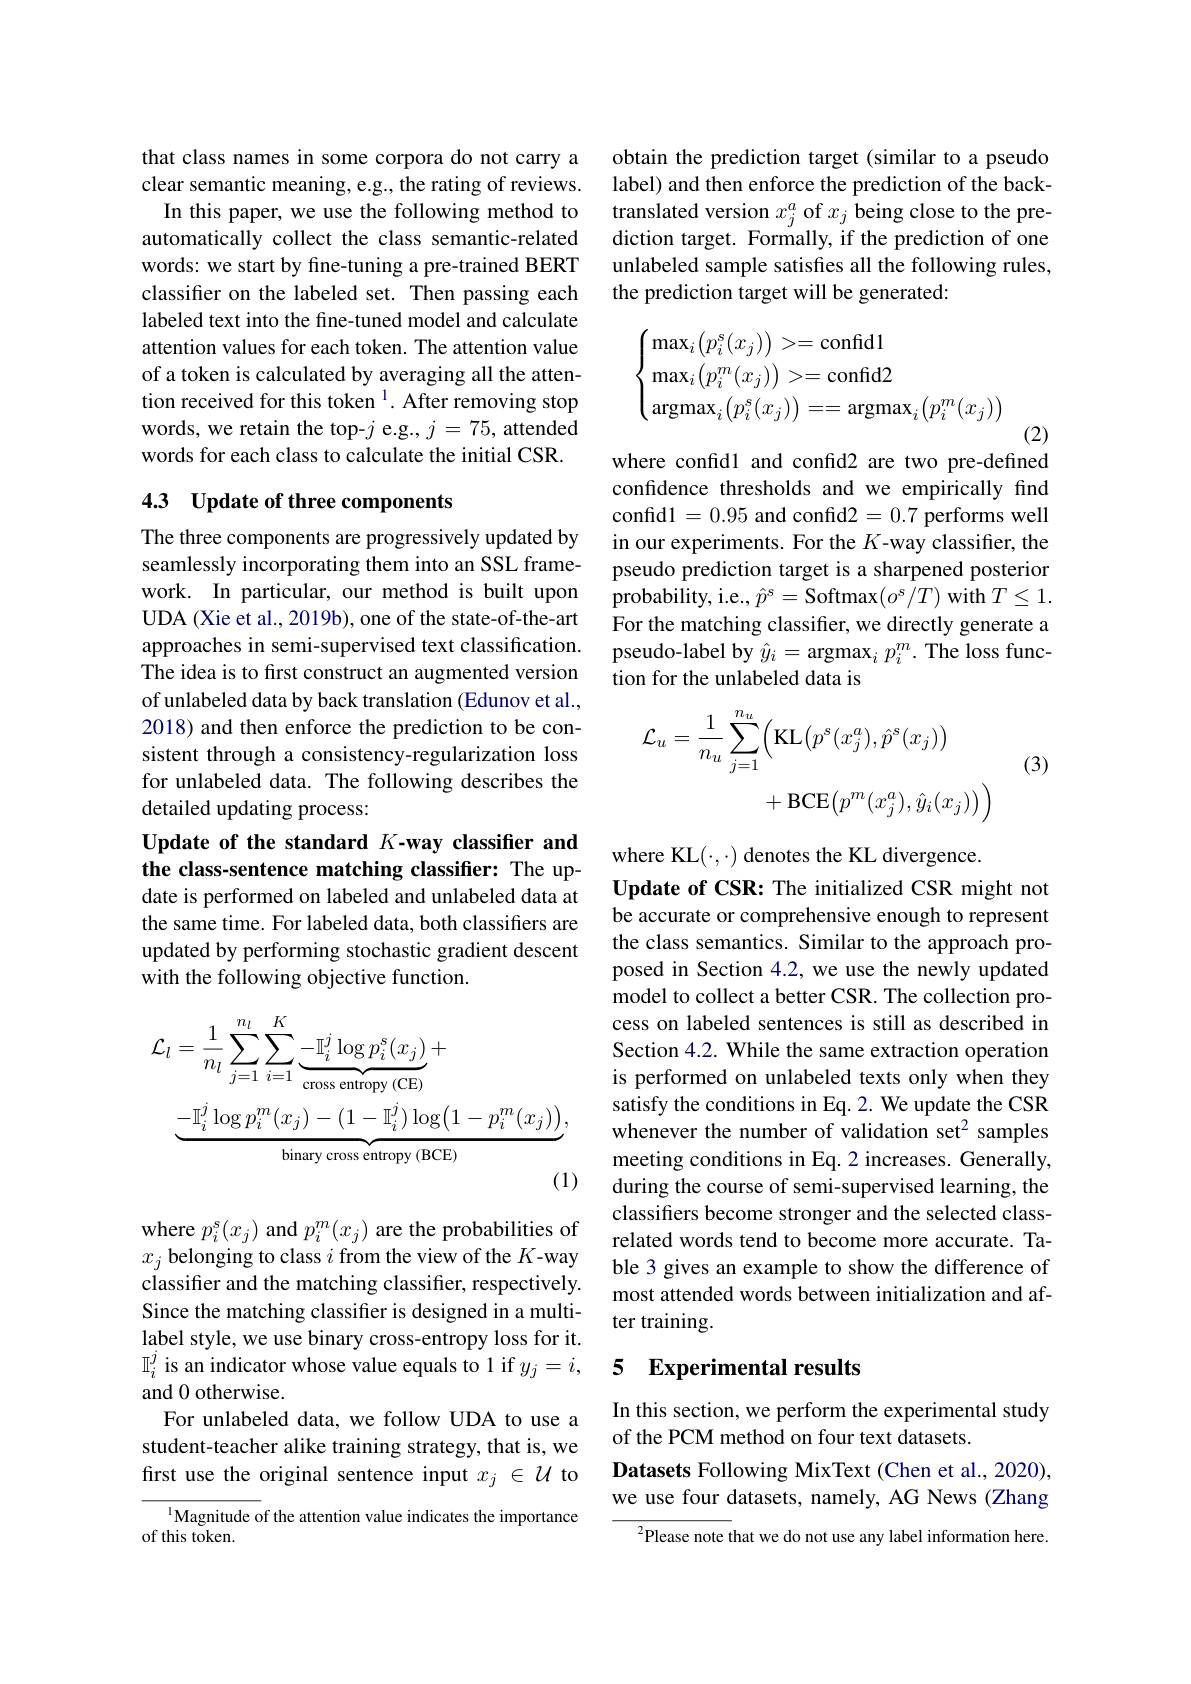
that class names in some corpora do not carry a clear semantic meaning, e.g., the rating of reviews. In this paper, we use the following method to automatically collect the class semantic-related words: we start by fine-tuning a pre-trained BERT classifer on the labeled set. Then passing each labeled text into the fine-tuned model and calculate attention values for each token. The attention value of a token is calculated by averaging all the attention received for this token $^{1}.$ After removing stop words, we retain the top-$j$ e.g., $j=75$, attended words for each class to calculate the initial CSR.

## 4.3 Update of three components

The three components are progressively updated by seamlessly incorporating them into an SSL framework. In particular, our method is built upon UDA (Xie et al., 2019b), one of the state-of-the-art approaches in semi-supervised text classification. The idea is to first construct an augmented version of unlabeled data by back translation (Edunov et al., 2018) and then enforce the prediction to be consistent through a consistency-regularization loss for unlabeled data. The following describes the detailed updating process:

Update of the standard $K$-way classifier and the class-sentence matching classifier: The up-

date is performed on labeled and unlabeled data at the same time. For labeled data, both classifiers are updated by performing stochastic gradient descent with the following objective function.
$$\begin{aligned}\mathcal{L}_{l}&=\frac{1}{n_{l}}\sum_{j=1}^{n_{l}}\sum_{i=1}^{K}\underbrace{-\mathbb{I}_{i}^{j}\log p_{i}^{s}(x_{j})}_{\text{cross entropy (CE)}}+\\&\underbrace{-\mathbb{I}_{i}^{j}\log p_{i}^{m}(x_{j})-(1-\mathbb{I}_{i}^{j})\log\bigl(1-p_{i}^{m}(x_{j})\bigr)}_{\text{binary cross entropy (BCE)}},\\&&\text{(1)}\end{aligned}$$
where $p_i^{s}(x_j)$ and $p_i^{m}(x_j)$ are the probabilities of $x_j$ belonging to class $i$ from the view of the $K$-way classifier and the matching classifier, respectively. Since the matching classifier is designed in a multilabel style, we use binary cross-entropy loss for it. $\mathbb{I}_i^j$ is an indicator whose value equals to 1 if $y_j=i$, and 0 otherwise.
For unlabeled data, we follow UDA to use a student-teacher alike training strategy, that is, we first use the original sentence input $x_j\in\mathcal{U}$ to

$^{1}$Magnitude of the attention value indicates the importance
of this token.

obtain the prediction target (similar to a pseudo label) and then enforce the prediction of the backtranslated version $x_j^a$ of $x_j$ being close to the prediction target. Formally, if the prediction of one unlabeled sample satisfies all the following rules, the prediction target will be generated:
$$\begin{cases}\max_i\big(p_i^s(x_j)\big)>=\text{confid}1\\\max_i\big(p_i^m(x_j)\big)>=\text{confid}2\\\text{argmax}_i\big(p_i^s(x_j)\big)==\text{argmax}_i\big(p_i^m(x_j)\big)\end{cases}$$
(2)

where confidl and confid2 are two pre-defined confidence thresholds and we empirically find confid1=0.95 and confid2=0.7 performs well in our experiments. For the $K$-way classifier, the pseudo prediction target is a sharpened posterior probability, i.e., $\hat{p}^{s}=$Softmax$(o^s/T)$ with $T\leq1.$ For the matching classifier, we directly generate a pseudo-label by $\hat{y}_i=\arg\max_ip_i^m.$ The loss function for the unlabeled data is
$$\begin{aligned}\mathcal{L}_{u}&=\frac{1}{n_{u}}\sum_{j=1}^{n_{u}}\Big(\mathrm{KL}\big(p^{s}(x_{j}^{a}),\hat{p}^{s}(x_{j})\big)\\&+\mathrm{BCE}\big(p^{m}(x_{j}^{a}),\hat{y}_{i}(x_{j})\big)\Big)\end{aligned}$$
(3)

where KL($\cdot,\cdot)$ denotes the KL divergence.
Update of CSR: The initialized CSR might not be accurate or comprehensive enough to represent the class semantics. Similar to the approach proposed in Section 4.2, we use the newly updated model to collect a better CSR. The collection process on labeled sentences is still as described in Section 4.2. While the same extraction operation is performed on unlabeled texts only when they satisfy the conditions in Eq. 2. We update the CSR whenever the number of validation set$^2$ samples meeting conditions in Eq. 2 increases. Generally, during the course of semi-supervised learning, the classifiers become stronger and the selected classrelated words tend to become more accurate. Table 3 gives an example to show the difference of most attended words between initialization and after training.

## 5 Experimental results

In this section, we perform the experimental study
of the PCM method on four text datasets.
Datasets Following MixText (Chen et al., 2020), we use four datasets, namely, AG News (Zhang

$^{2}$Please note that we do not use any label information here.